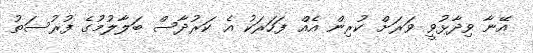
އޭނާ ވިދާޅުވީ ވަރަށް ކުރިން އެއް ފަހަރަކު އެ ކަރުދާސް ބަލާލުމުގެ ފުރުސަތު